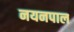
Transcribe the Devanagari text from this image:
नयनपाल